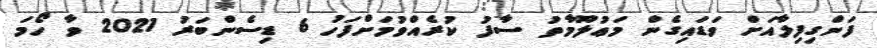
ފަންގިފިލާއަށް ވަޑައިގެން މަޢުލޫމާތު ސާފު ކުރެއްވުމަށްފަހު 6 ޑިސެންބަރު 2021 ވާ ހޯމަ